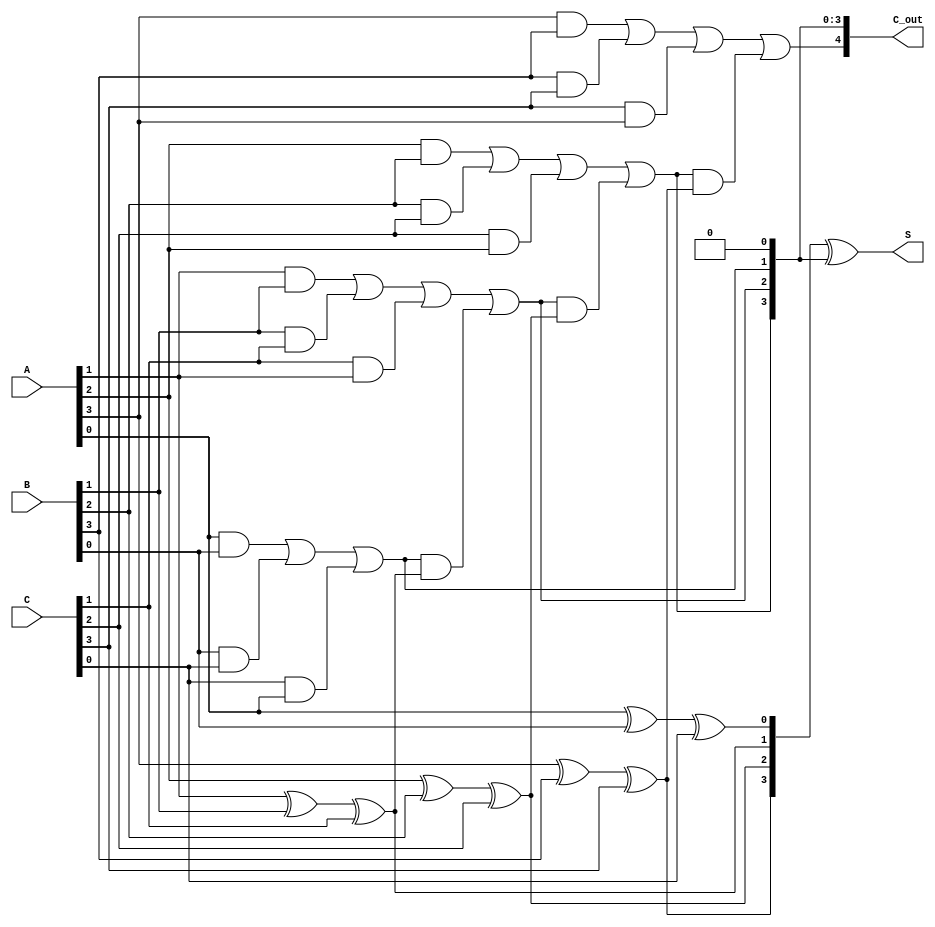
module CarrySaveAdder #(parameter N = 4) (
    input [N-1:0] A,
    input [N-1:0] B,
    input [N-1:0] C,
    output [N-1:0] S,
    output [N:0] C_out
);
    wire [N-1:0] S_temp;
    wire [N-1:0] C_temp;

    // Generate partial sums and carries
    genvar i;
    generate
        for (i = 0; i < N; i = i + 1) begin : CSA
            // Partial sum using XOR
            assign S_temp[i] = A[i] ^ B[i] ^ C[i];
            // Carry calculation using AND and OR
            assign C_temp[i] = (A[i] & B[i]) | (B[i] & C[i]) | (C[i] & A[i]);
        end
    endgenerate

    // Final carry propagation stage
    wire [N:0] carry;
    assign carry[0] = 1'b0; // Initial carry input is 0

    generate
        for (i = 0; i < N; i = i + 1) begin : FinalCarry
            assign carry[i + 1] = C_temp[i] | (carry[i] & (S_temp[i] & 1'b1));
        end
    endgenerate

    // Final sum output
    assign S = S_temp ^ carry[N-1:0]; // Final sum considering carry propagation
    assign C_out = carry; // Final carry output

endmodule